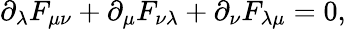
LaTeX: \partial_{\lambda}F_{\mu\nu}+\partial_{\mu}F_{\nu\lambda}+\partial_{\nu}F_{\lambda\mu}=0,